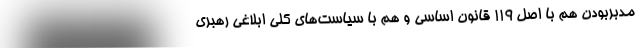
مدبر‌بودن هم با اصل ۱۱۹ قانون اساسی و هم با سیاست‌های کلی ابلاغی رهبری